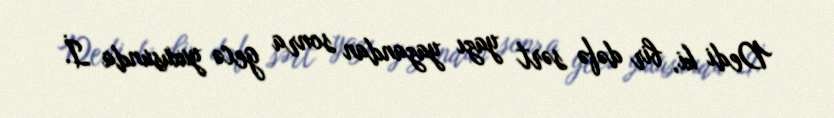
Dedi ki, bir dəfə sərt yazı yazandan sonra gecə yuxusunda İ.